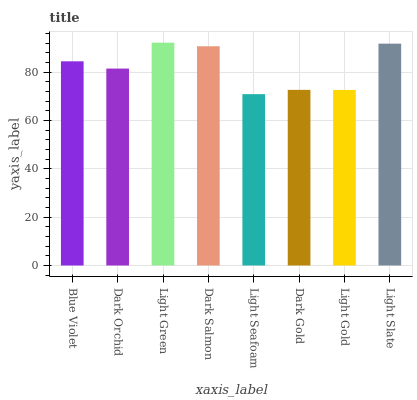
| xaxis_label | bars |
 | --- | --- |
 | Blue Violet | 84.5 |
 | Dark Orchid | 81.5 |
 | Light Green | 92.2 |
 | Dark Salmon | 90.7 |
 | Light Seafoam | 70.9 |
 | Dark Gold | 72.6 |
 | Light Gold | 72.6 |
 | Light Slate | 91.8 |